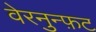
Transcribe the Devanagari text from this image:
वेरनुन्फ़ट